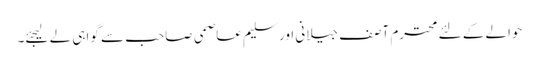
حوالے کے لئے محترم آصف جیلانی اور سلیم عاصمی صاحب سے گواہی لے لیجئے۔